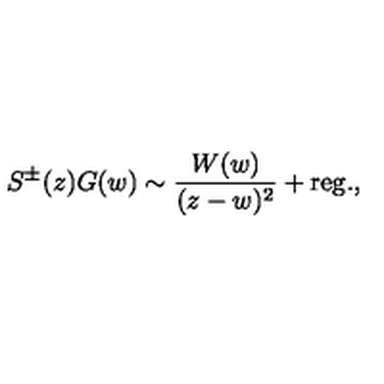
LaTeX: S ^ { \pm } ( z ) G ( w ) { } \sim { } { \frac { W ( w ) } { ( z { } - { } w ) ^ { 2 } } } { } + { } \mathrm { r e g } . { } ,